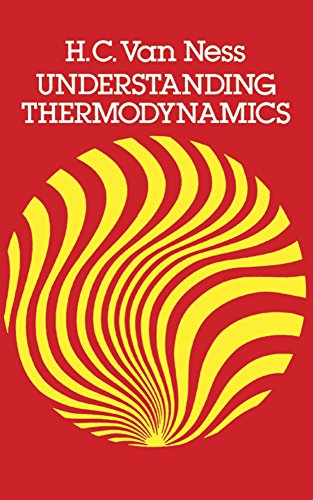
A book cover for Understanding Thermodynamics (Dover Books on Physics); H. C. Van Ness; Science & Math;